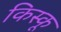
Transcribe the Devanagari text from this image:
किस्‍कू